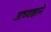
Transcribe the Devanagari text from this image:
अध्यक्षाने